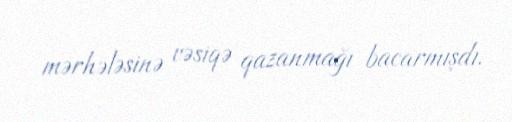
mərhələsinə vəsiqə qazanmağı bacarmışdı.